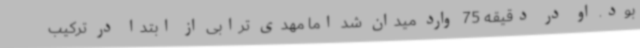
بود. او در دقیقه 75 وارد میدان شد اما مهدی ترابی از ابتدا در ترکیب